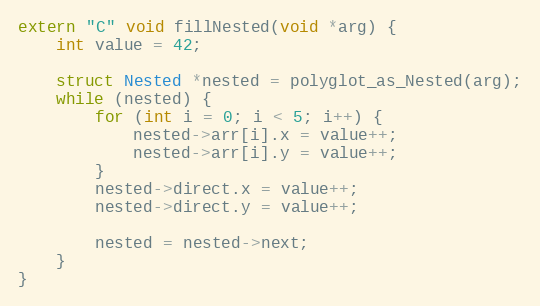
Language: C++
extern "C" void fillNested(void *arg) {
    int value = 42;

    struct Nested *nested = polyglot_as_Nested(arg);
    while (nested) {
        for (int i = 0; i < 5; i++) {
            nested->arr[i].x = value++;
            nested->arr[i].y = value++;
        }
        nested->direct.x = value++;
        nested->direct.y = value++;

        nested = nested->next;
    }
}